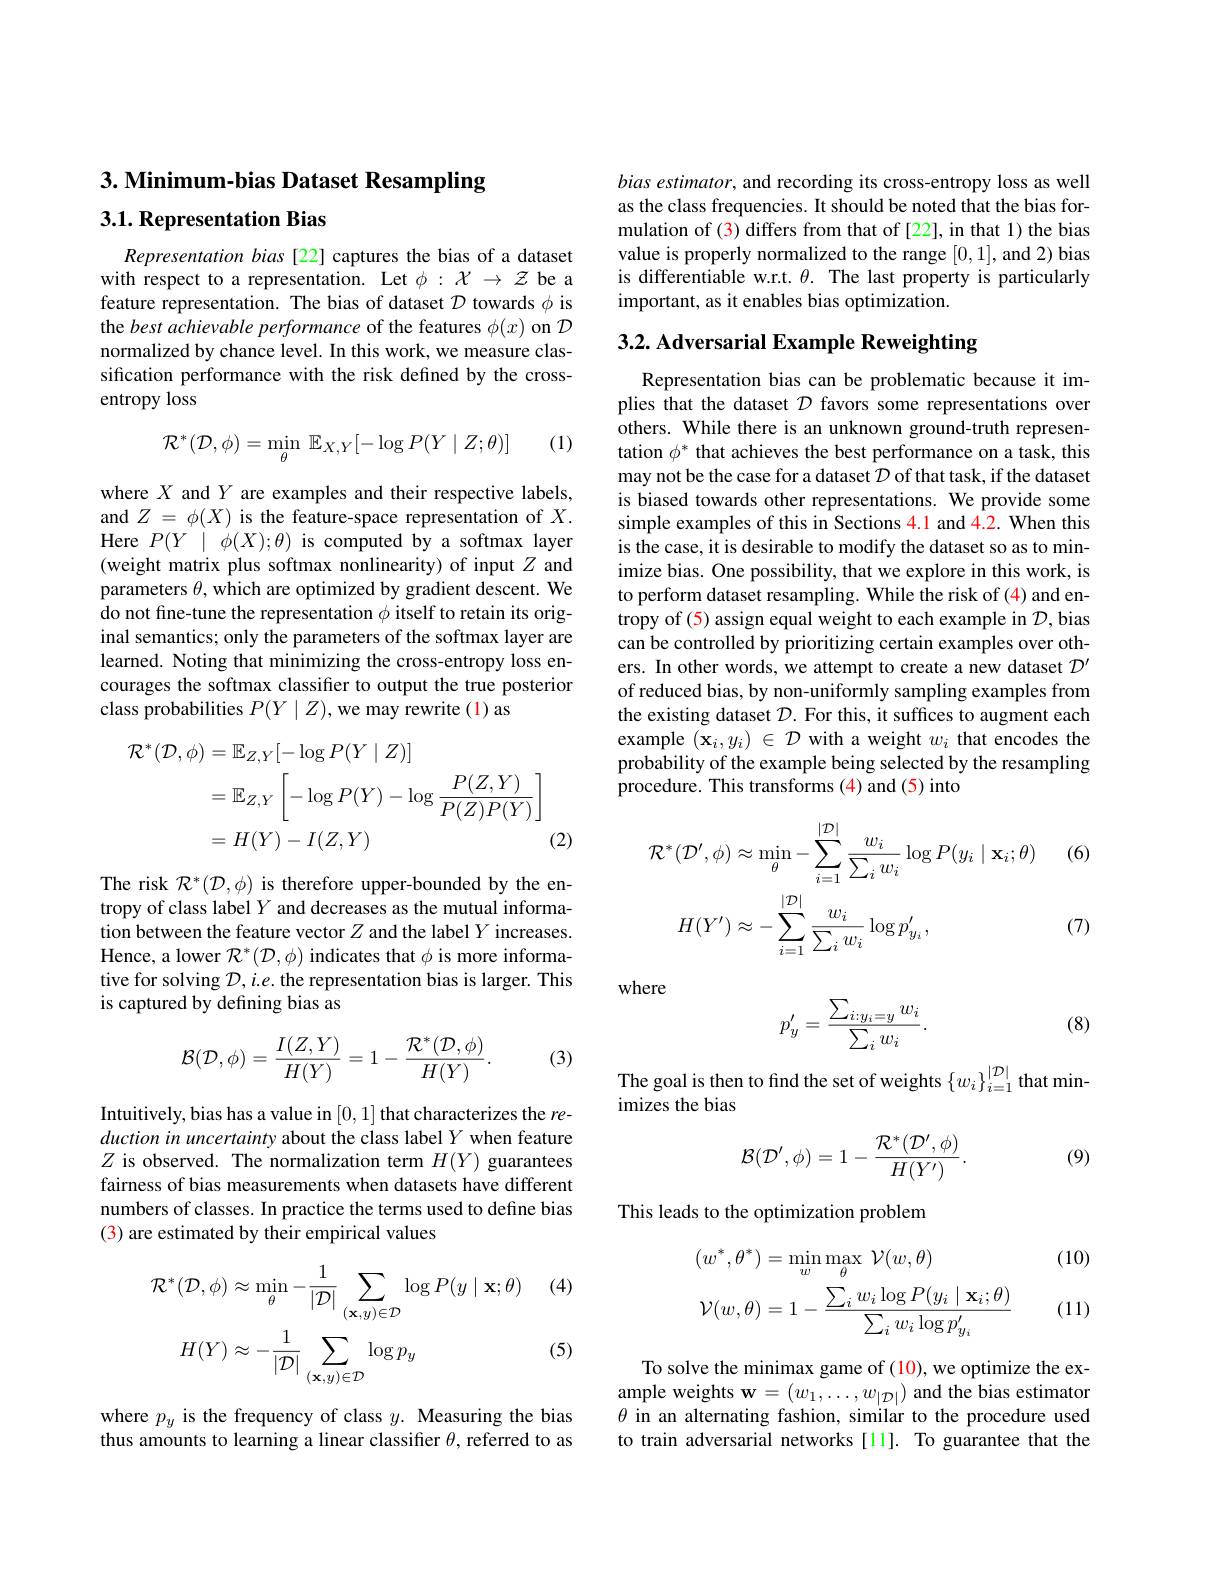
3. Minimum-bias Dataset Resampling

3.1. Representation Bias

Representation bias [22] captures the bias of a dataset with respect to a representation. Let $\phi:\mathcal{X}\to\mathcal{Z}$ be a feature representation. The bias of dataset $D$ towards $\phi$ is the best achievable performance of the features $\phi(x)$ on $\mathcal{D}$ normalized by chance level. In this work, we measure classification performance with the risk defined by the crossentropy loss

(1)
$$\mathcal{R}^*(\mathcal{D},\phi)=\min_{\theta}\:\mathbb{E}_{X,Y}[-\log P(Y\mid Z;\theta)]$$
where $X$ and $Y$ are examples and their respective labels, and $Z=\phi(X)$ is the feature-space representation of $X.$ Here $P( Y$ | $\phi ( X) ; \theta )$ is computed by a softmax layer (weight matrix plus softmax nonlinearity) of input $Z$ and parameters $\theta$, which are optimized by gradient descent. We do not fine-tune the representation $\phi$ itself to retain its original semantics; only the parameters of the softmax layer are learned. Noting that minimizing the cross-entropy loss encourages the softmax classifier to output the true posterior class probabilities $P(Y\mid Z)$, we may rewrite (1) as
$$\begin{aligned}\mathcal{R}^{*}(\mathcal{D},\phi)&=\mathbb{E}_{Z,Y}[-\log P(Y\mid Z)]\\&=\mathbb{E}_{Z,Y}\left[-\log P(Y)-\log\frac{P(Z,Y)}{P(Z)P(Y)}\right]\\&=H(Y)-I(Z,Y)\end{aligned}$$
(2)

The risk $\mathcal{R}^*(\mathcal{D},\phi)$ is therefore upper-bounded by the entropy of class label $Y$ and decreases as the mutual information between the feature vector $Z$ and the label $Y$ increases. Hence, a lower $\mathcal{R}^*(\mathcal{D},\phi)$ indicates that $\phi$ is more informative for solving $\mathcal{D},i.e.$ the representation bias is larger. This is captured by defining bias as
$$\mathcal{B}(\mathcal{D},\phi)=\frac{I(Z,Y)}{H(Y)}=1-\frac{\mathcal{R}^{*}(\mathcal{D},\phi)}{H(Y)}.$$
(3)

Intuitively, bias has a value in [0,1] that characterizes the reduction in uncertainty about the class label $Y$ when feature $Z$ is observed. The normalization term $H(Y)$ guarantees fairness of bias measurements when datasets have different numbers of classes. In practice the terms used to define bias (3) are estimated by their empirical values

(4)
$$\begin{aligned}\mathcal{R}^{*}(\mathcal{D},\phi)&\approx\operatorname*{min}_{\theta}-\frac{1}{|\mathcal{D}|}\sum_{(\mathbf{x},y)\in\mathcal{D}}\log P(y\mid\mathbf{x};\theta)\\H(Y)&\approx-\frac{1}{|\mathcal{D}|}\sum_{(\mathbf{x},y)\in\mathcal{D}}\log p_{y}\end{aligned}$$
(5)

where $p_{y}$ is the frequency of class $y.$ Measuring the bias thus amounts to learning a linear classifier $\theta$, referred to as

bias estimator, and recording its cross-entropy loss as well as the class frequencies. It should be noted that the bias formulation of (3) differs from that of [22], in that 1) the bias value is properly normalized to the range [0,1], and 2) bias is differentiable w.r.t. $\theta.$ The last property is particularly important, as it enables bias optimization.

# 3.2. Adversarial Example Reweighting

Representation bias can be problematic because it implies that the dataset $\mathcal{D}$ favors some representations over others. While there is an unknown ground-truth representation $\phi^*$ that achieves the best performance on a task, this may not be the case for a dataset $\mathcal{D}$ of that task, if the dataset is biased towards other representations. We provide some simple examples of this in Sections 4.1 and 4.2. When this is the case, it is desirable to modify the dataset so as to minimize bias. One possibility, that we explore in this work, is to perform dataset resampling. While the risk of (4) and entropy of (5) assign equal weight to each example in $\mathcal{D}$,bias can be controlled by prioritizing certain examples over others. In other words, we attempt to create a new dataset $\mathcal{D}^\prime$ of reduced bias, by non-uniformly sampling examples from the existing dataset $\mathcal{D}.$ For this, it suffices to augment each example $(\mathbf{x}_{i},y_{i})\in\mathcal{D}$ with a weight $w_{i}$ that encodes the probability of the example being selected by the resampling procedure. This transforms (4) and (5) into

(6)
$$\begin{aligned}\mathcal{R}^{*}(\mathcal{D}^{\prime},\phi)&\approx\operatorname*{min}_{\theta}-\sum_{i=1}^{|\mathcal{D}|}\frac{w_{i}}{\sum_{i}w_{i}}\log P(y_{i}\mid\mathbf{x}_{i};\theta)\\H(Y^{\prime})&\approx-\sum_{i=1}^{|\mathcal{D}|}\frac{w_{i}}{\sum_{i}w_{i}}\log p_{y_{i}}^{\prime},\end{aligned}$$
(7)

where
$$p_y'=\frac{\sum_{i:y_i=y}w_i}{\sum_iw_i}.$$
(8)

The goal is then to find the set of weights $\{w_i\}_i=1^{|\mathcal{D}|}$ that min
imizes the bias

(9)
$$\mathcal{B}(\mathcal{D}',\phi)=1-\frac{\mathcal{R}^{*}(\mathcal{D}',\phi)}{H(Y')}.$$
This leads to the optimization problem

(10)
$$\begin{aligned}&(w^{*},\theta^{*})=\min_{w}\max_{\theta}\:\mathcal{V}(w,\theta)\\&\mathcal{V}(w,\theta)=1-\frac{\sum_{i}w_{i}\log P(y_{i}\mid\mathbf{x}_{i};\theta)}{\sum_{i}w_{i}\log p_{y_{i}}^{\prime}}\end{aligned}$$
(11)

To solve the minimax game of (10), we optimize the example weights $\mathbf{w}=(w_1,\ldots,w_{|\mathcal{D}|})$ and the bias estimator $\theta$ in an alternating fashion, similar to the procedure used to train adversarial networks [11]. To guarantee that the